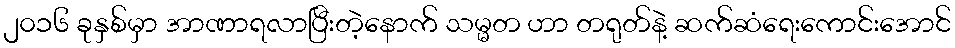
၂၀၁၆ ခုနှစ်မှာ အာဏာရလာပြီးတဲ့နောက် သမ္မတ ဟာ တရုတ်နဲ့ ဆက်ဆံရေးကောင်းအောင်